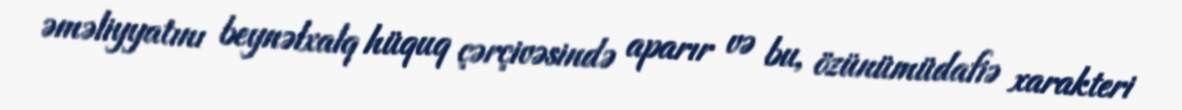
əməliyyatını beynəlxalq hüquq çərçivəsində aparır və bu, özünümüdafiə xarakteri